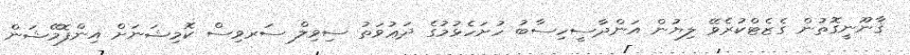
ޤާނޫނީގޮތުން ގެޒެޓްކުރެވޭ ލިޔުން އަންދާސީހިސާބު ހުށަހެޅުމުގެ ދަޢުވަތު ސިވިލް ސަރވިސް ކޮމިޝަނަށް އިންފޮމޭޝަން